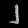
Digit: ၂